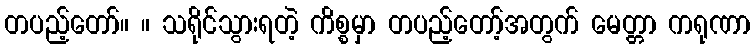
တပည့်တော်။ ။ သရိုင်သွားရတဲ့ ကိစ္စမှာ တပည့်တော့်အတွက် မေတ္တာ ကရုဏာ